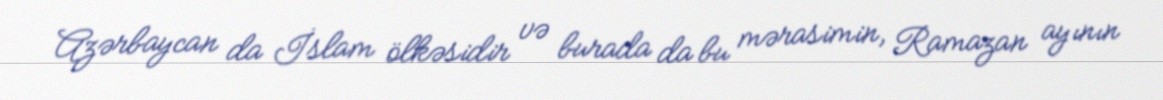
Azərbaycan da İslam ölkəsidir və burada da bu mərasimin, Ramazan ayının